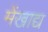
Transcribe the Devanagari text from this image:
मेंखाद्य